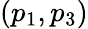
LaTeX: (p_{1},p_{3})